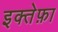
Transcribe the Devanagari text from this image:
इक्तेफ़ा